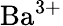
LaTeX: \mathrm{Ba^{3+}}